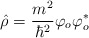
\begin{align*}\hat \rho =\frac{m^2}{\hbar ^2}\varphi _o\varphi _o^{*} \end{align*}